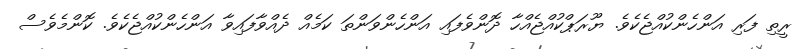
ރީތި ފަރި އަންހެންކުއްޖެކެވެ. ޔޫރަޕްކުއްޖެއްހާ ދޮންވެފައި އަންހެންވަންތަ ކަމެއް ދެއްވާފައިވާ އަންހެންކުއްޖެކެވެ. ކޮންމެވެސް